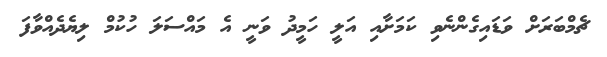
ޗެމްބަރަށް ވަޑައިގެންނެވި ކަމަށާއި އަލީ ހަމީދު ވަނީ އެ މައްސަލަ ހުކުމް ލިޔެދެއްވާފަ